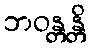
ဘဝန္တန္တိ